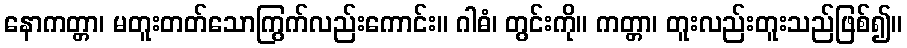
နောကတ္တာ၊ မတူးတတ်သောကြွက်လည်းကောင်း။ ဂါဓံ၊ တွင်းကို။ ကတ္တာ၊ တူးလည်းတူးသည်ဖြစ်၍။